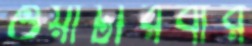
ওয়াটারবার